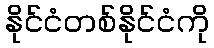
နိုင်ငံတစ်နိုင်ငံကို